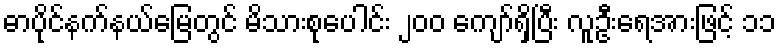
ဓာပိုင်နက်နယ်မြေတွင် မိသားစုပေါင်း ၂၀၀ ကျော်ရှိပြီး လူဦးရေအားဖြင့် ၁၁